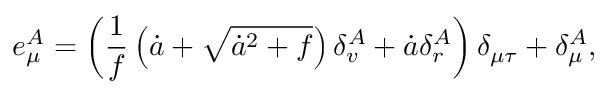
e _ { \mu } ^ { A } = \left( \frac { 1 } { f } \left( \dot { a } + \sqrt { \dot { a } ^ { 2 } + f } \right) \delta _ { v } ^ { A } + \dot { a } \delta _ { r } ^ { A } \right) \delta _ { \mu \tau } + \delta _ { \mu } ^ { A } ,